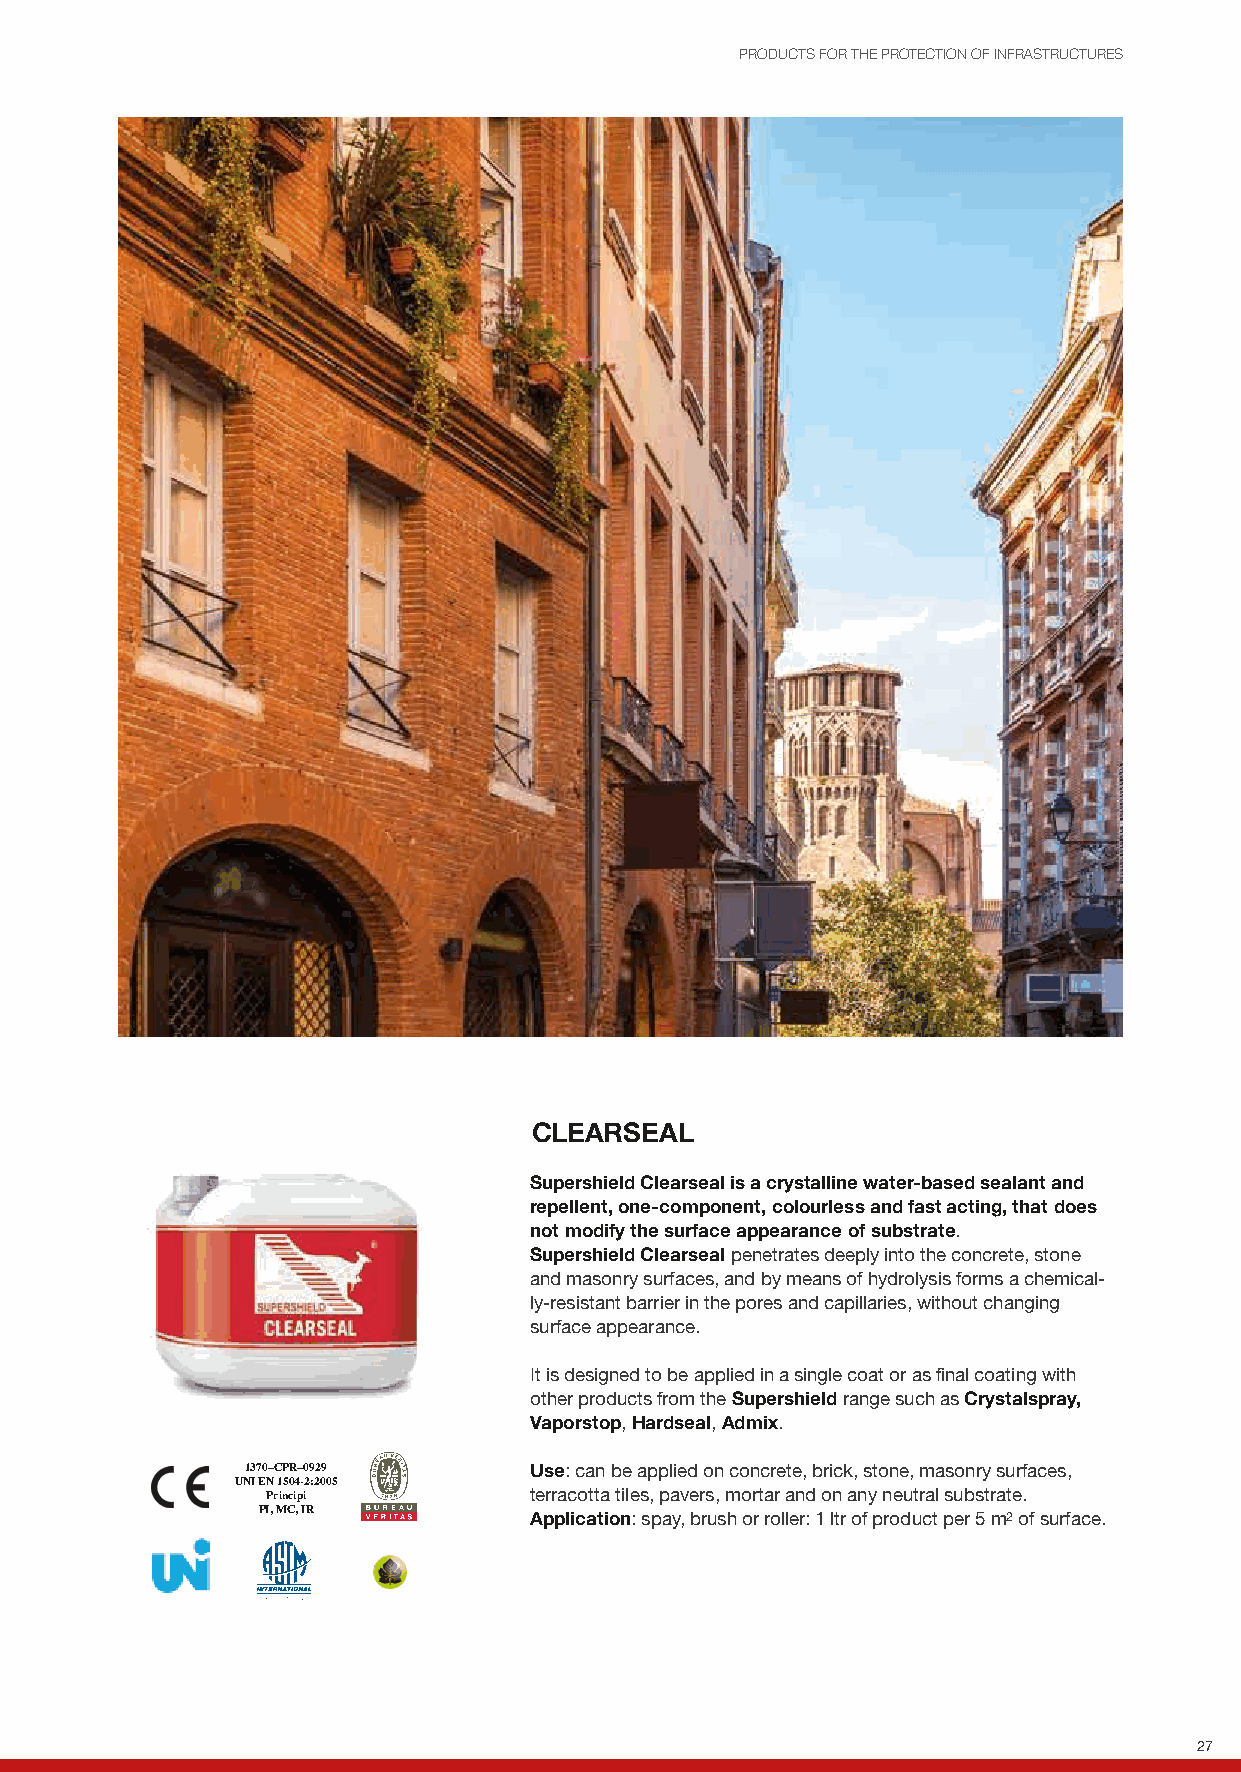
PRODUCTS FOR THE PROTECTION OF INFRASTRUCTURES
 CLEARSEAL
 Supershield Clearseal is a crystalline water-based sealant and
 repellent, one-component, colourless and fast acting, that does
 not modify the surface appearance of substrate.
 Supershield Clearseal penetrates deeply into the concrete, stone
 and masonry surfaces, and by means of hydrolysis forms a chemical-
 ly-resistant barrier in the pores and capillaries, without changing
 surface appearance.
 It is designed to be applied in a single coat or as final coating with
 other products from the Supershield range such as Crystalspray,
 Vaporstop, Hardseal, Admix.
 1370–CPR–0929      Use: can be applied on concrete, brick, stone, masonry surfaces,
 UNI EN 1504-2:2005
 Principi         terracotta tiles, pavers, mortar and on any neutral substrate.
 PI, MC, IR
 Application: spay, brush or roller: 1 ltr of product per 5 m2 of surface.
 27